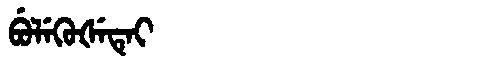
Manchu: ᠪᡠᠯᡝᡴᡠᡧᡝᡨᡝᡳ
Romanization: BULEKUŠETEI